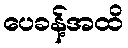
ပေခန့်အထိ